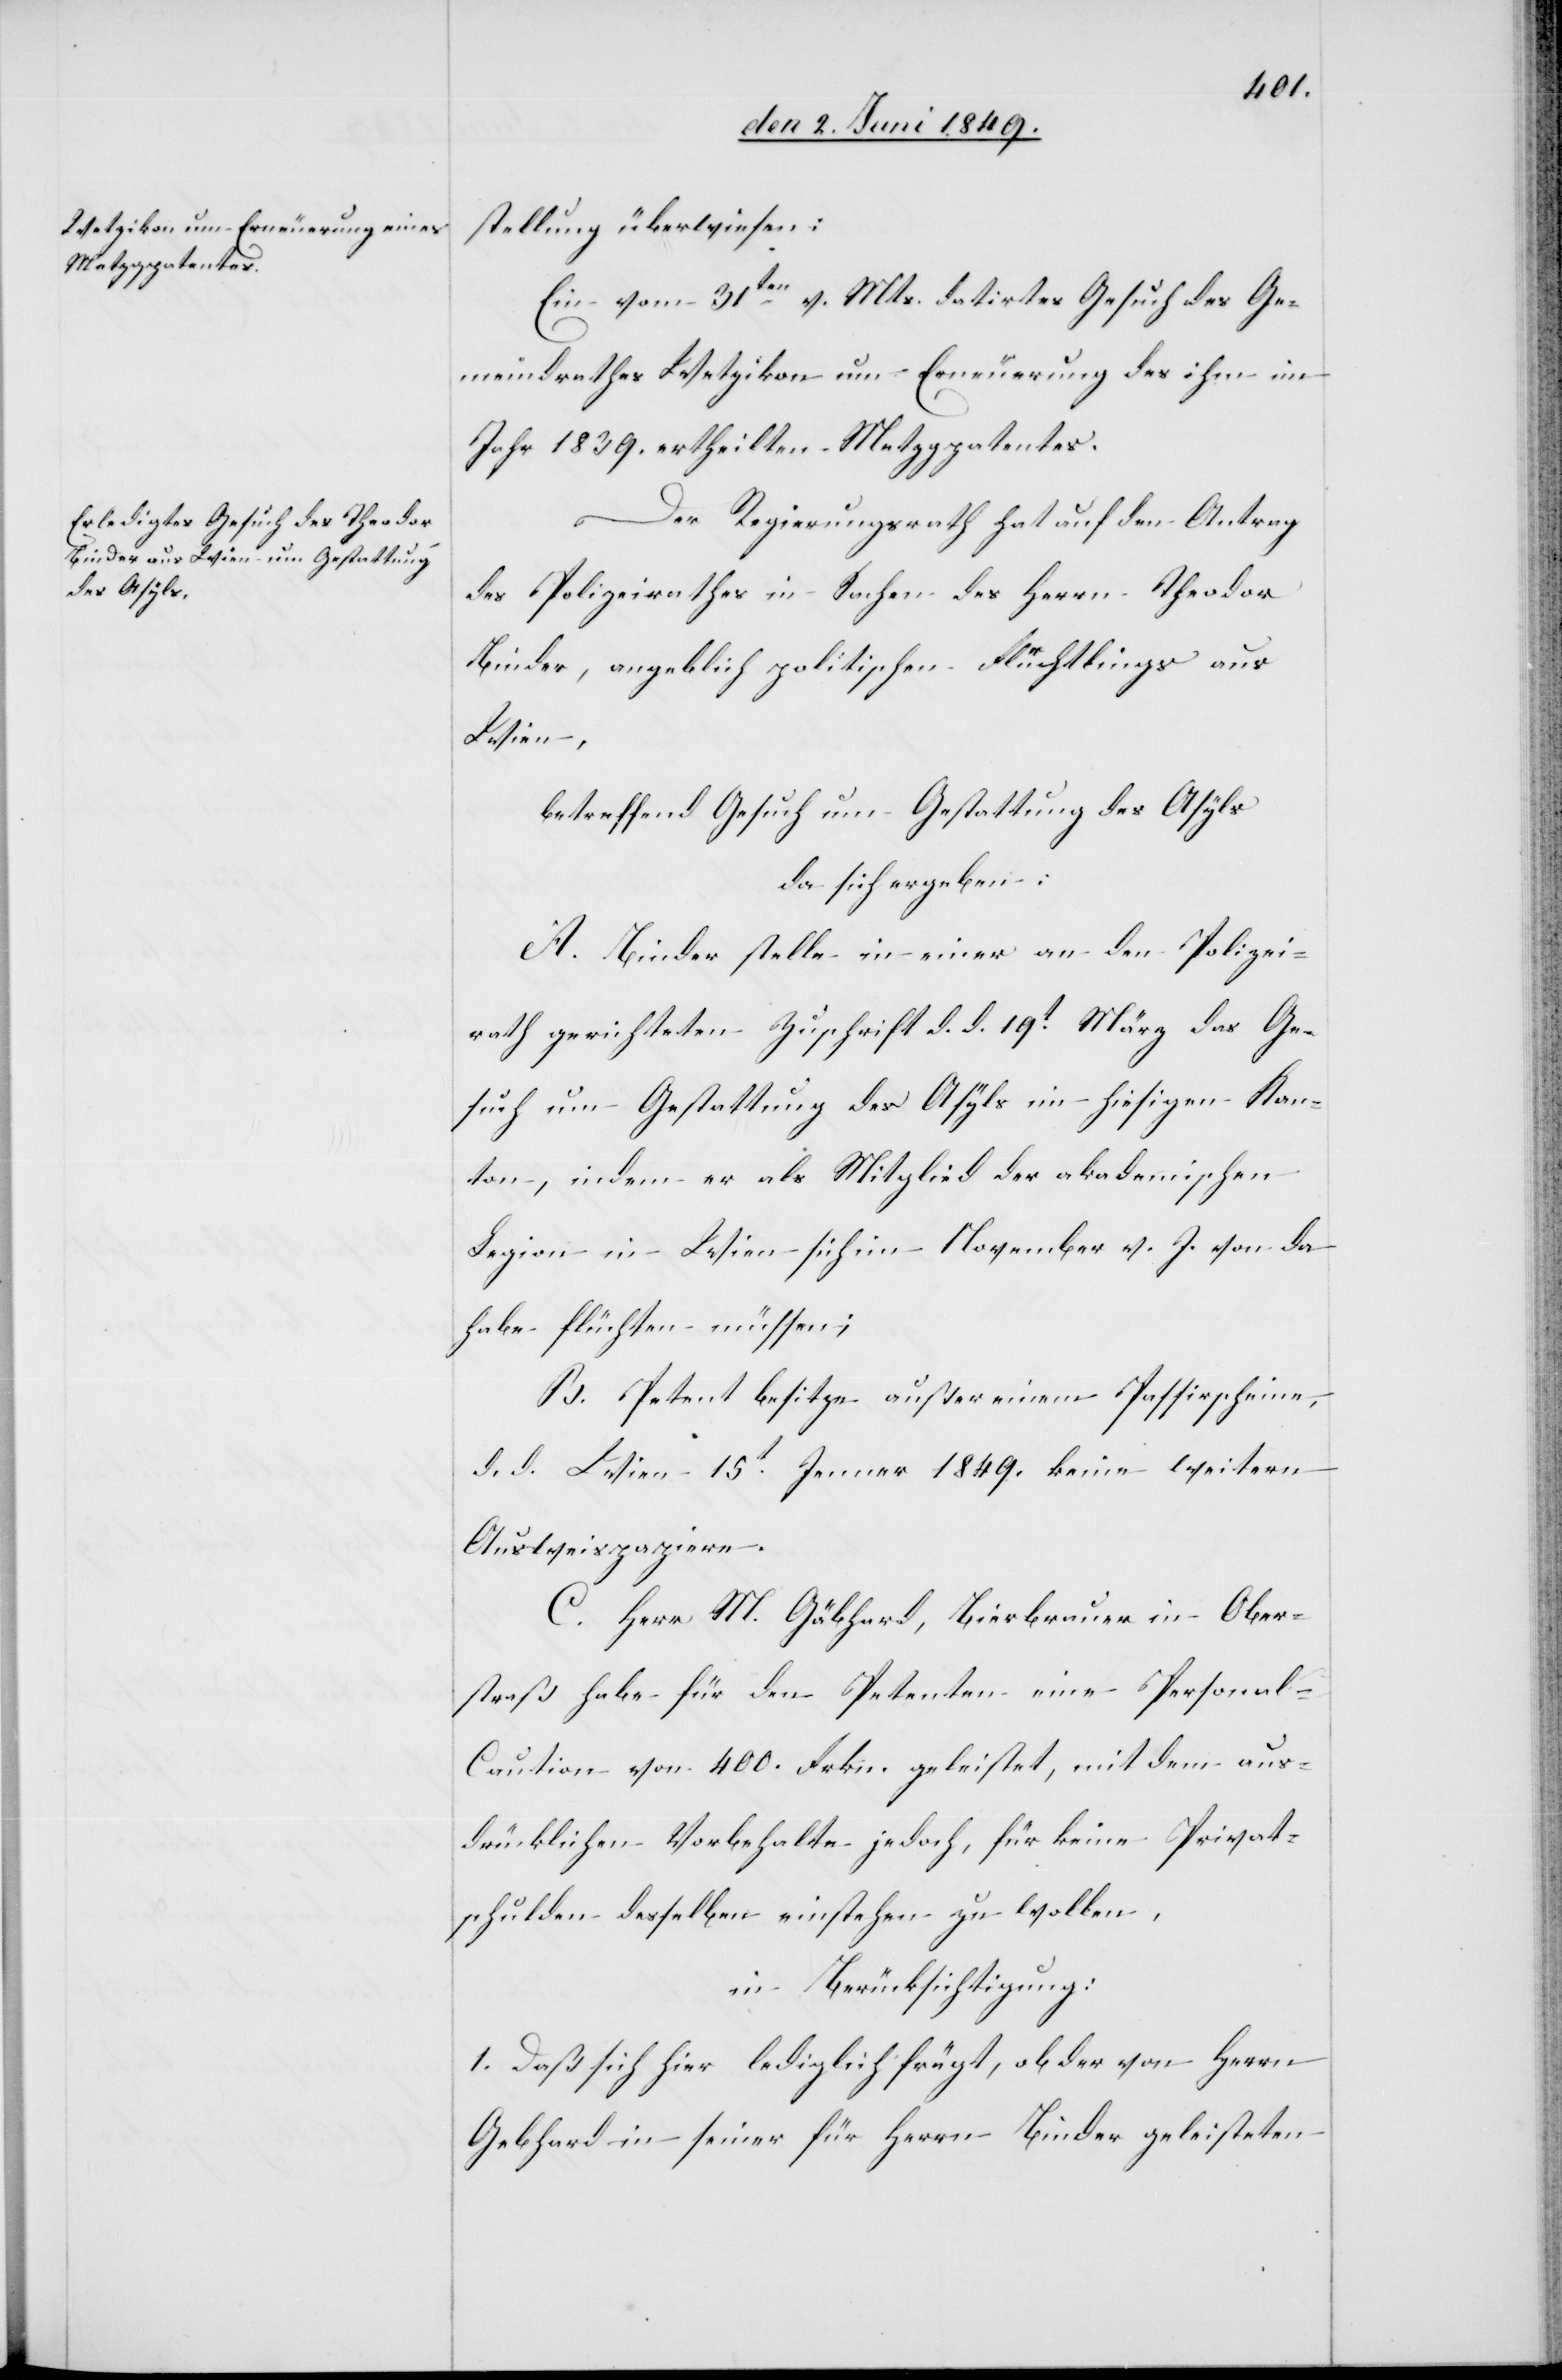
stellung überwiesen:
Ein vom 31ten v. Mts. datirtes Gesuch des Ge¬
meindrathes Wetzikon um Erneuerung des ihm im
Jahr 1839. ertheilten Metzgpatentes.
Der Regierungsrath hat auf den Antrag
des Polizeirathes in Sachen des Herrn Theodor
Binder, angeblich politischen Flüchtlings aus
Wien,
betreffend Gesuch um Gestattung des Asyls
da sich ergeben:
A. Binder stelle in einer an den Polizei¬
rath gerichteten Zuschrift d. d. 19t März das Ge¬
such um Gestattung des Asyls im hiesigen Kan¬
ton, indem er als Mitglied der akademischen
Legion in Wien sich im November v. J. von da
habe flüchten müssen;
B. Petent besitze außer einem Passierscheine,
d. d. Wien 15t Jenner 1849. keine weitern
Ausweispapiere.
C. Herr M. Gäbhard, Bierbrauer in Ober¬
straß habe für den Petenten eine Personal-C¬
aution von 400. Frkn. geleistet, mit dem aus¬
drücklichen Vorbehalte jedoch, für keine Privat¬
schulden desselben einstehen zu wollen,
in Berücksichtigung:
1. Daß sich hier lediglich frägt, ob der von Herrn
Gebhard [sic!] in seiner für Herrn Binder geleisteten